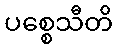
ပစ္စေသီတိ